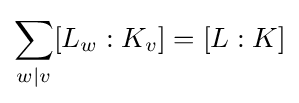
\sum _{w|v}[L_{w}:K_{v}]=[L:K]